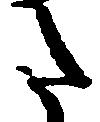
た